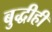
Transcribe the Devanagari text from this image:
बुद्धीही